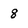
Character: 8